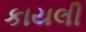
કાયલી